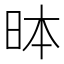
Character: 𪰐